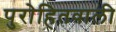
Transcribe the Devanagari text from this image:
पुरोहितवाली